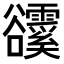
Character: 𧯗